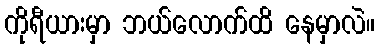
ကိုရီယားမှာ ဘယ်လောက်ထိ နေမှာလဲ။